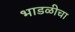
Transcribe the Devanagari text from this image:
भाडळीचा